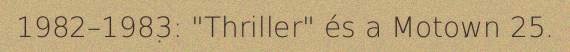
1982–1983: "Thriller" és a Motown 25.